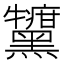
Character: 𪒷